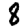
Digit: 8